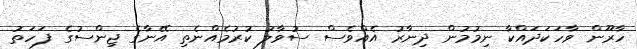
ހާރޫން ވާހަކަދައްކާ ނިމުމުން ދިނާރު އެއްވެސް ސުވާލު ކުރުމެއްނެތި އޭނާގެ ޖިންސުގެ ފަހަތު